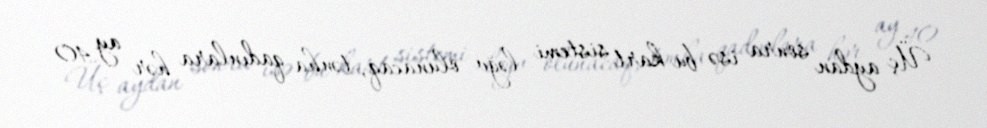
Üç aydan sonra isə bu kart sistemi ləğv olunacaq, tənha qadınlara hər ay 40